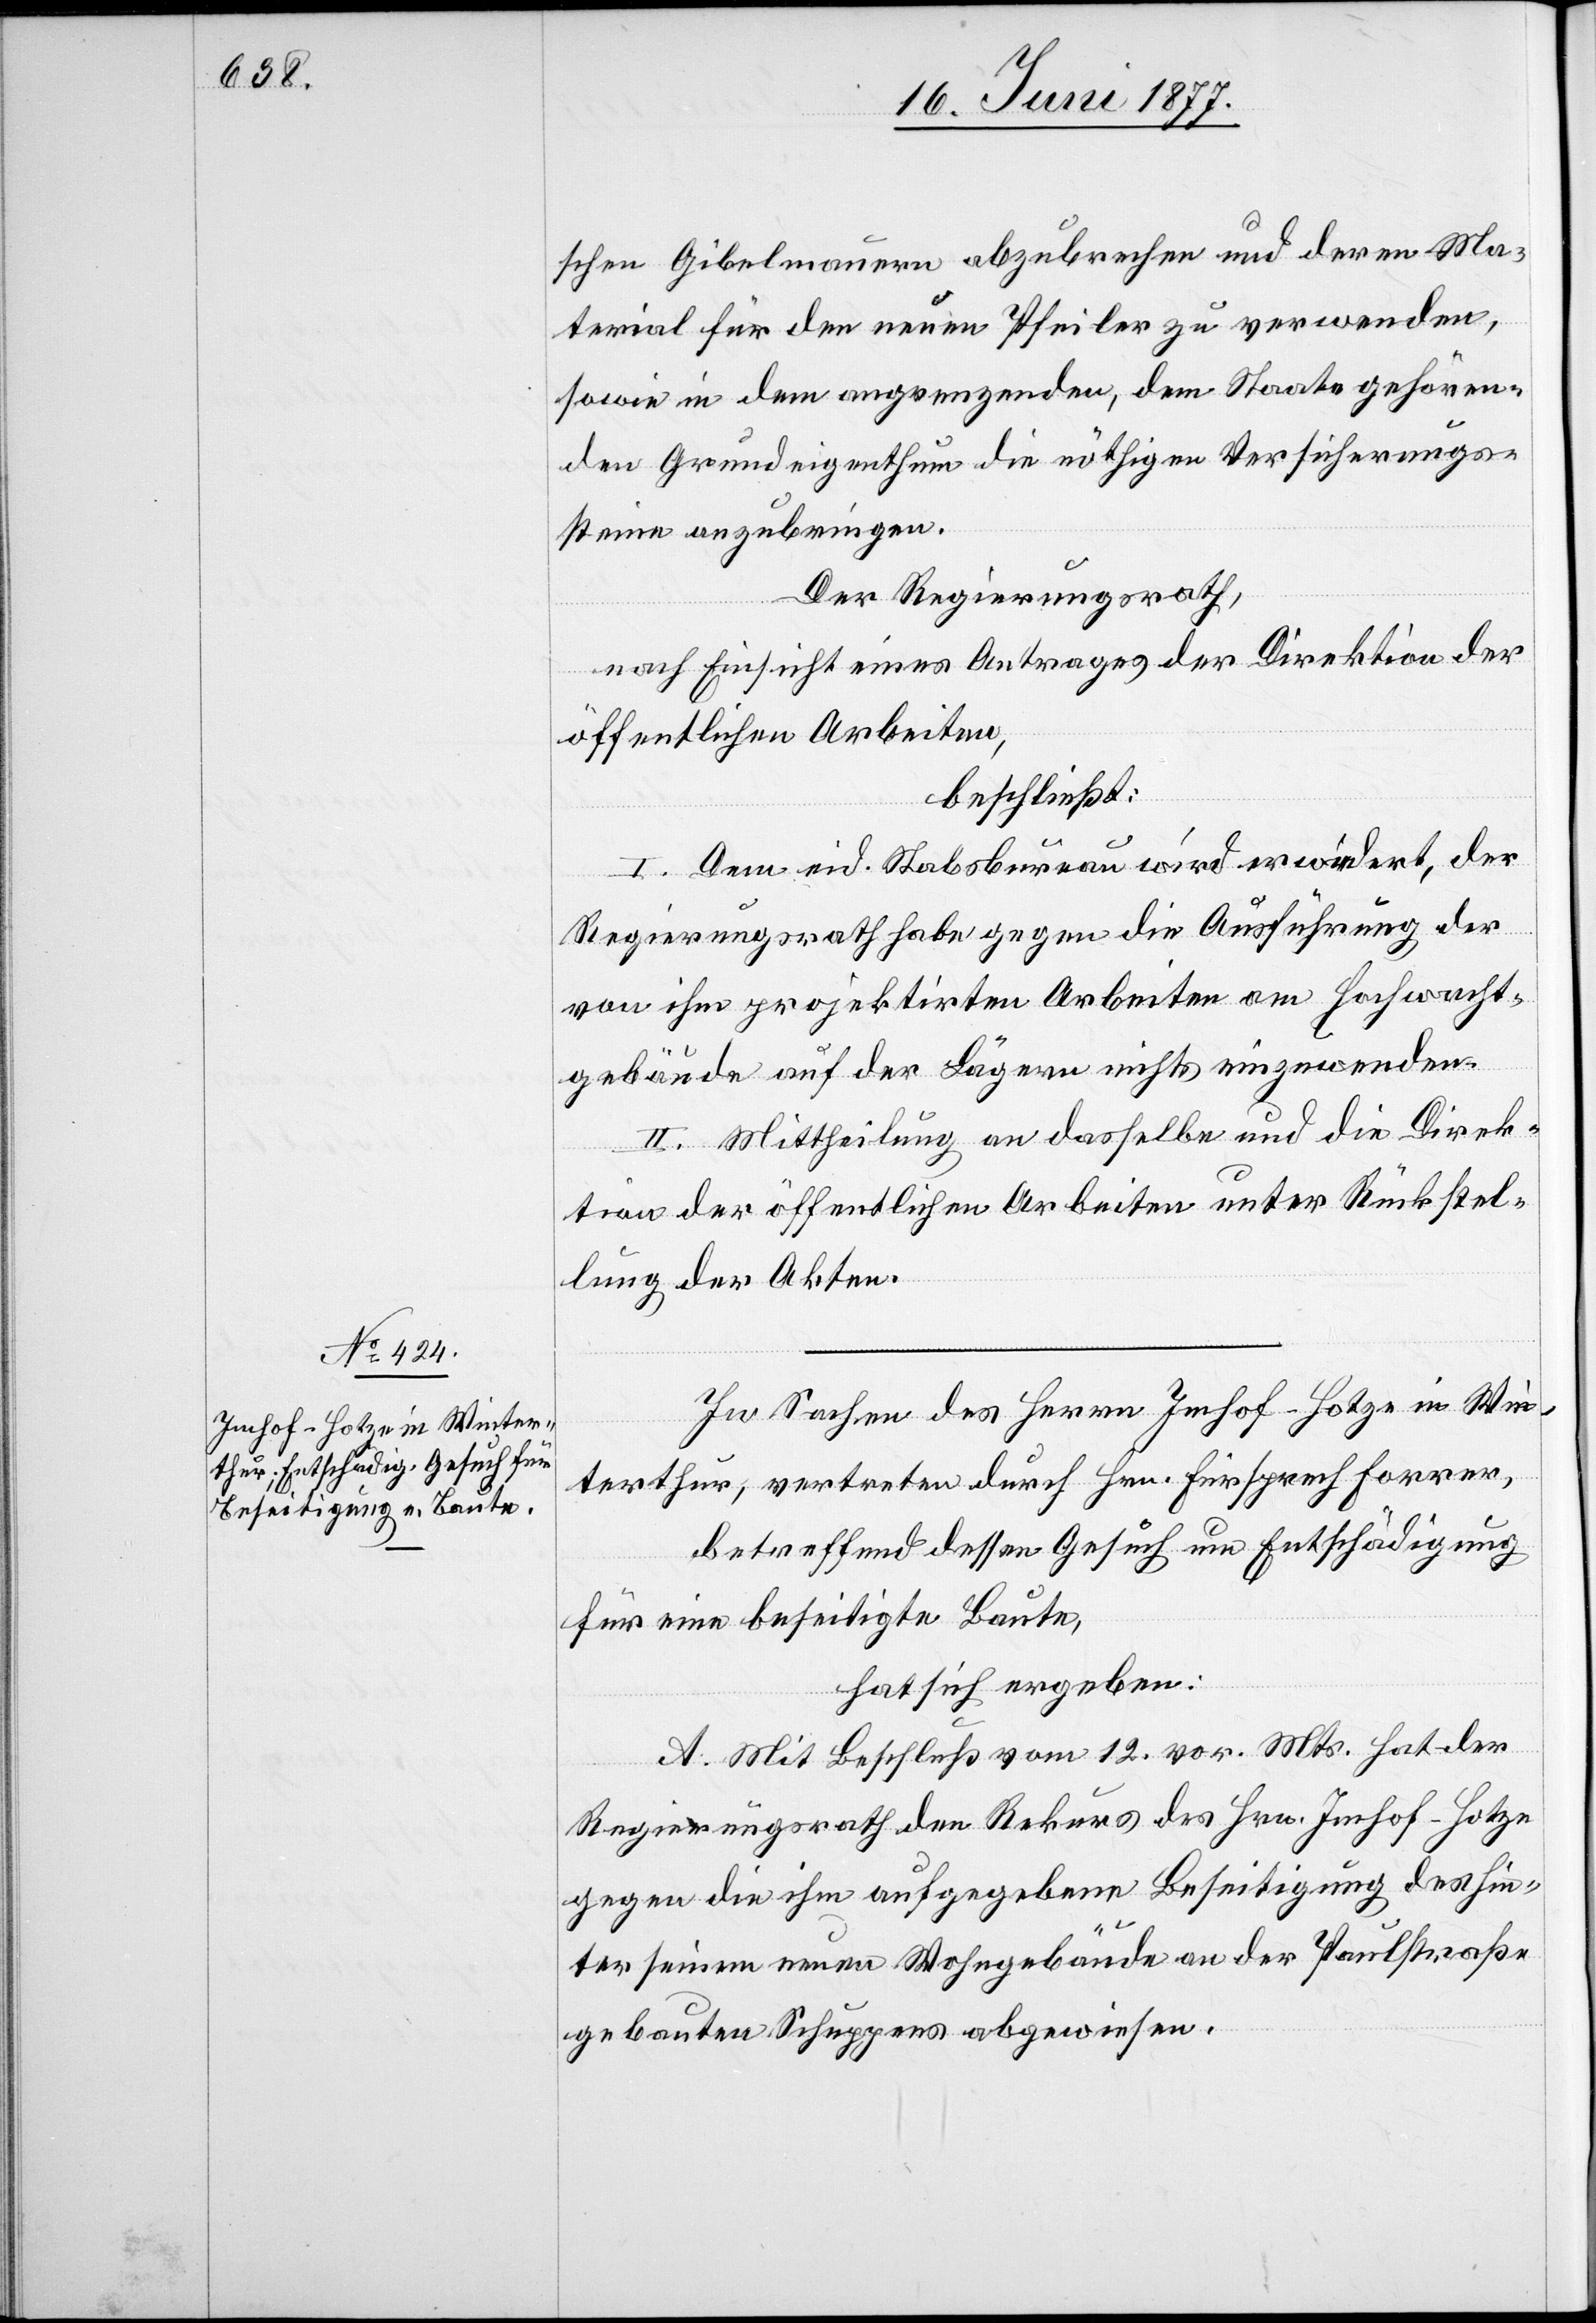
schen Gibelmauern abzubrechen und deren Ma¬
terial für den neuen Pfeiler zu verwenden,
sowie in dem angrenzenden, dem Staate gehören¬
den Grundeigenthum die nöthigen Versicherungs¬
steine anzubringen.
Der Regierungsrath,
nach Einsicht eines Antrages der Direktion der
öffentlichen Arbeiten,
beschließt:
I. Dem eid. Staatsbureau wird erwiedert, der
Regierungsrath habe gegen die Ausführung der
von ihm projektirten Arbeiten am Hochwacht¬
gebäude auf der Lägern nichts einzuwenden.
II. Mittheilung an dasselbe und die Direk¬
tion der öffentlichen Arbeiten unter Rückstel¬
lung der Akten.
In Sachen des Herrn Imhof-Hotze in Win¬
terthur, vertreten durch Hrn. Fürsprech Forrer,
betreffend dessen Gesuch um Entschädigung
für eine beseitigte Baute,
hat sich ergeben:
A. Mit Beschluß vom 12. vor. Mts. hat der
Regierungsrath den Rekurs des Hrn. Imhof-Hotze
gegen die ihm aufgegebene Beseitigung des hin¬
ter seinem neuen Wohngebäude an der Paulstraße
gebauten Schuppens abgewiesen.